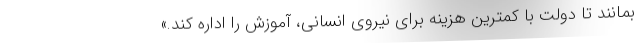
بمانند تا دولت با کمترین هزینه برای نیروی انسانی، آموزش را اداره کند.»